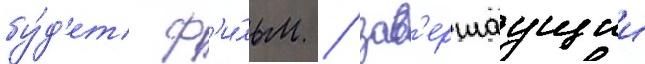
бу́д'ет ф'и́льм / зав'ершаущии